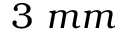
3 \ m m